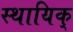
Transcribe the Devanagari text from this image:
स्थायिक्